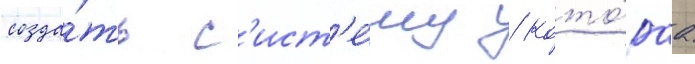
созда́ть с'ист'е́му / кото́раа